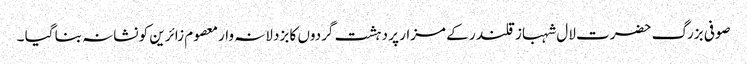
صوفی بزرگ حضرت لال شہباز قلندر کے مزار پر دہشت گردوں کا بزدلانہ وارمعصوم زائرین کو نشانہ بنا گیا ۔